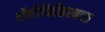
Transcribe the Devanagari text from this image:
औद्योगिकीकरणाला